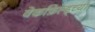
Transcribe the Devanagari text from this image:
वेकफ़िल्ड्च्या